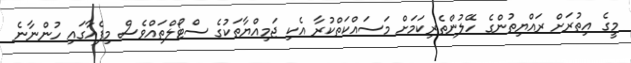
މީގެ އިތުރަށް ރައްޔިތުންގެ ހޭލުންތެރިކަމަށް މަސައްކަތްކުރާ އެކި ޖަމިއްޔާތަކުގެ ސްޓޯލްތައްވެސް މިފެއާގައި ހުންނާނެ